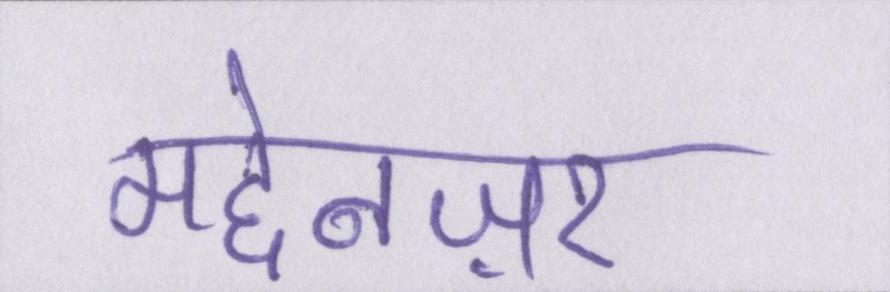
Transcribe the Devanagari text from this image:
मद्देनज़र